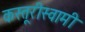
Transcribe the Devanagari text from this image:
कस्तूरीस्वामी